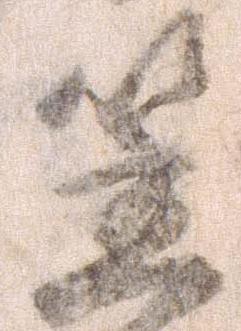
笠